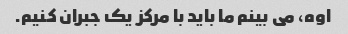
اوه، می بینم ما باید با مرکز یک جبران کنیم.